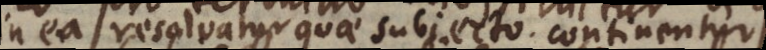
in ea resolvatur quae subjecto continentur.